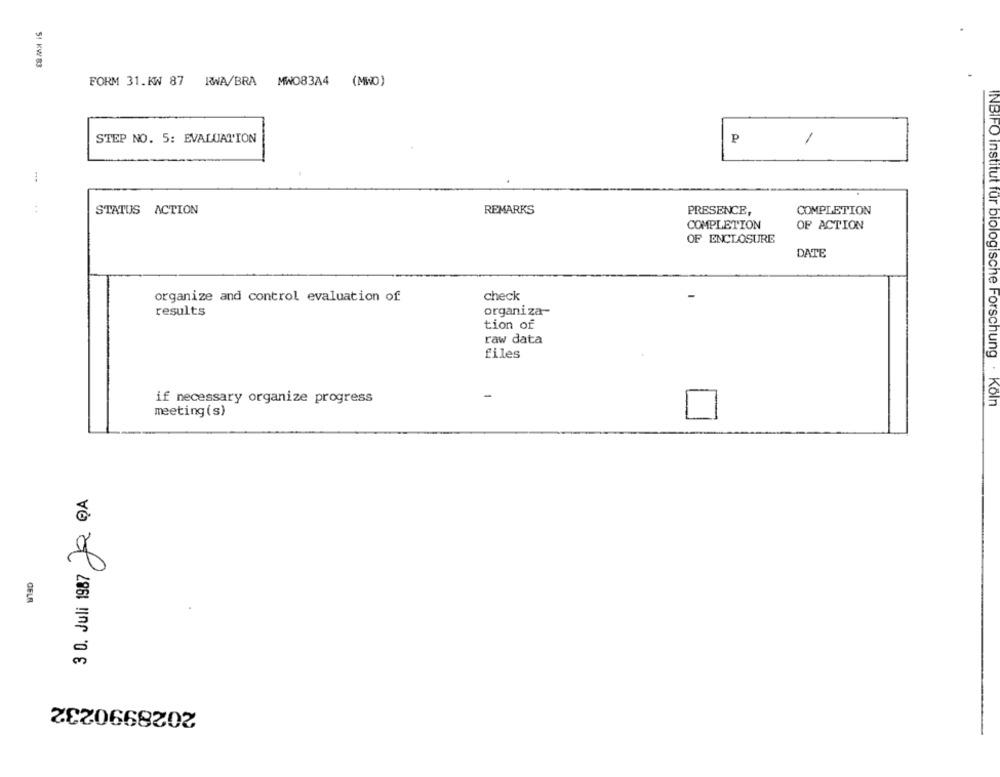
51 KW 83
FORM 31.KW 87 RWA/BRA MWO83A4 (MWO)
STEP NO. 5: EVALUATION
P
1
STATUS ACTION
REMARKS
PRESENCE,
COMPLETION
COMPLETION
OF ACTION
OF ENCLOSURE
DATE
check
organize and control evaluation of
organiza --
results
tion of
raw data
files
-
if necessary organize progress
INBIFO institut fur biologische Forschung . Koln
meeting(s)
Ja DA
2028990232